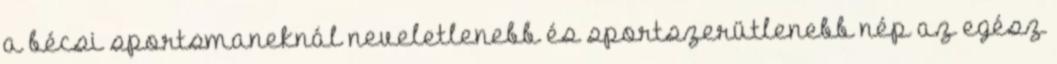
a bécsi sportsmaneknál neveletlenebb és sportszerütlenebb nép az egész